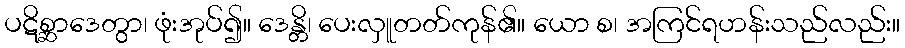
ပဋိစ္ဆာဒေတွာ၊ ဖုံးအုပ်၍။ ဒေန္တိ၊ ပေးလှူတတ်ကုန်၏။ ယော စ၊ အကြင်ရဟန်းသည်လည်း။